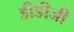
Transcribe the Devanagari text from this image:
डीडीजी